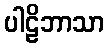
ပါဠိဘာသာ